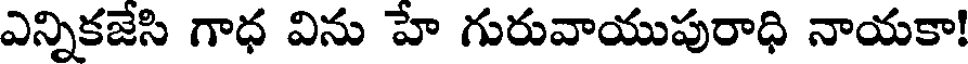
ఎన్నికజేసి గాధ విను హే గురువాయుపురాధి నాయకా!